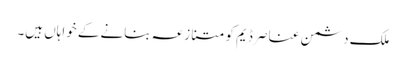
ملک دشمن عناصر ڈیم کو متنازعہ بنانے کے خواہاں ہیں۔